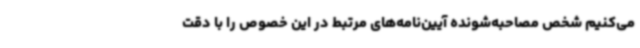
می‌کنیم شخص مصاحبه‌شونده آیین‌نامه‌های مرتبط در این خصوص را با دقت